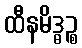
ထီနမိဒ္ဓဉ္စ